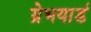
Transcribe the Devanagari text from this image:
ग्रेभयार्ड